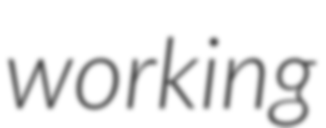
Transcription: working